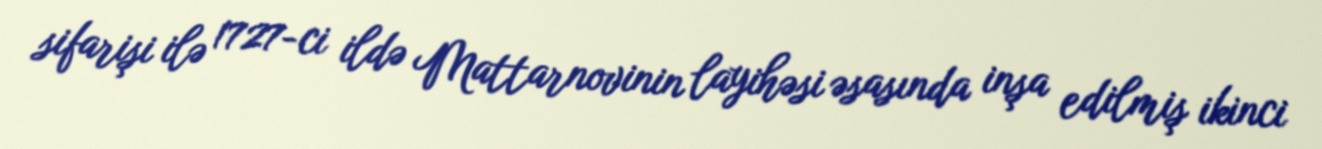
sifarişi ilə 1727-ci ildə Mattarnovinin layihəsi əsasında inşa edilmiş ikinci